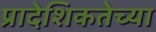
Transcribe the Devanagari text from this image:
प्रादेशिकतेच्या